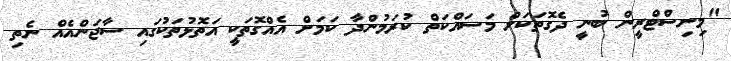
"މިނިސްޓްރީން ބުނީ ދެގޮތަކަށް މަސައްކަތް ކުރަމުންދާ ކަމަށް އެއްގޮތަކީ އަތޮޅުތަކުގައި ސާޖަންއެއް ނެތި